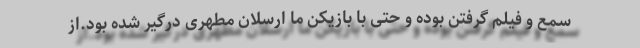
سمع و فیلم گرفتن بوده و حتی با بازیکن ما ارسلان مطهری درگیر شده بود.از